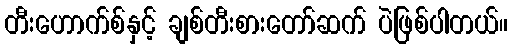
တီးဟောက်စ်နှင့် ချစ်တီးစားတော်ဆက် ပဲဖြစ်ပါတယ်။